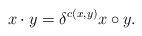
LaTeX: \begin{align*} x\cdot y = \delta^{c(x,y)} x\circ y.\end{align*}